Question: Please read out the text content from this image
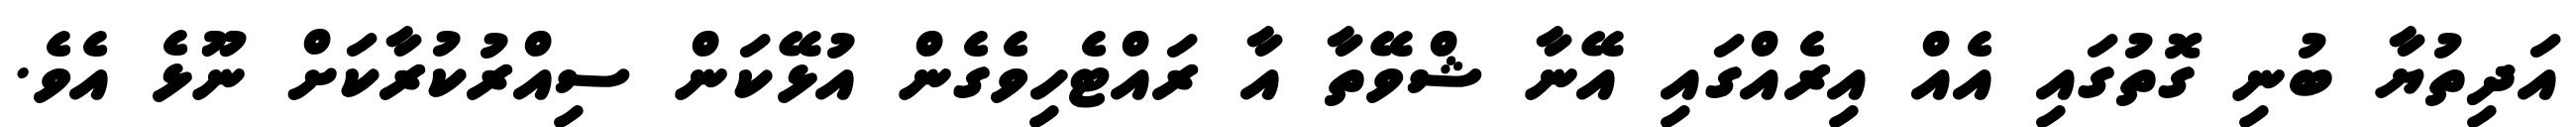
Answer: އަދިތުޔާ ބުނި ގޮތުގައި އެއް އިރެއްގައި އޭނާ ޝްވޭތާ އާ ރައްޓެހިވެގެން އުޅޭކަން ސިއްރުކުރާކަށް ނޫޅެ އެވެ.